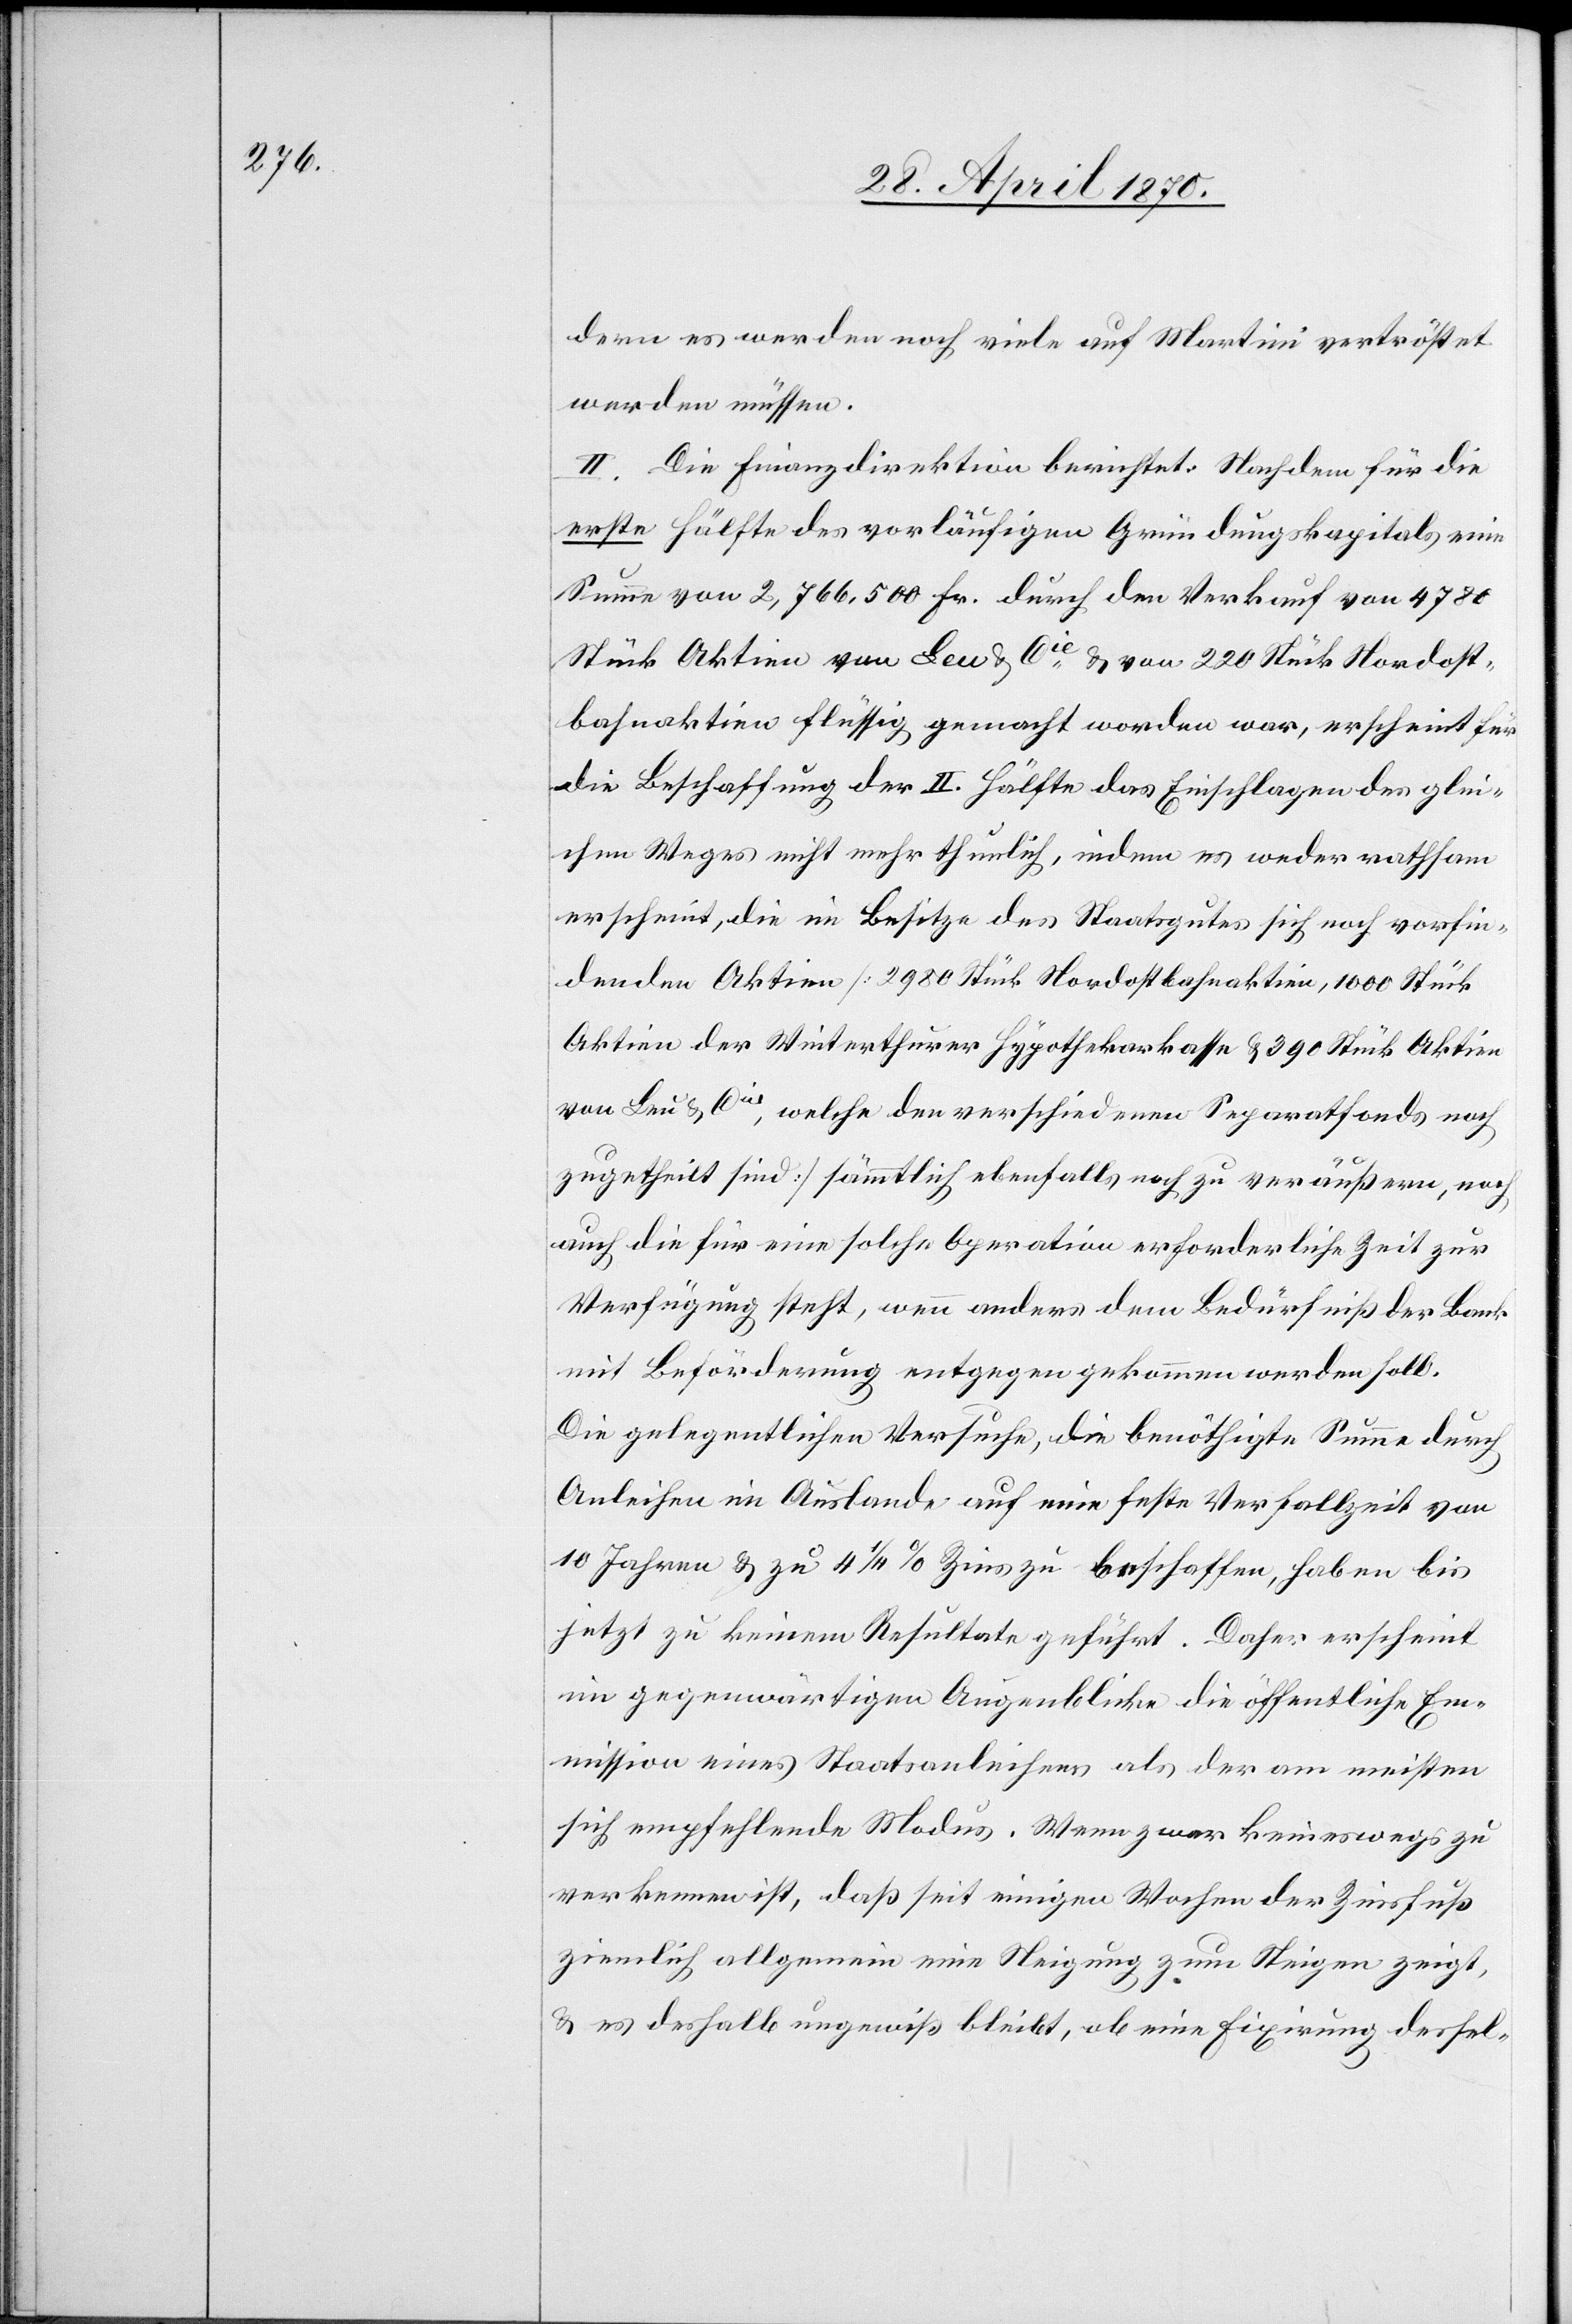
dern es werden noch viele auf Martini vertröstet
werden müssen.
II. Die Finanzdirektion berichtet: Nachdem für die
erste Hälfte des vorläufigen Gründungskapitals eine
Summe von 2,766,500 Fr. durch den Verkauf von 4780
Stück Aktien von Leu & Cie & von 220 Stück Nordost¬
bahnaktien flüssig gemacht worden war, erscheint für
die Beschaffung der II. Hälfte das Einschlagen des glei¬
chen Weges nicht mehr thunlich, indem es weder rathsam
erscheint, die im Besitze des Staatsgutes sich noch vorfin¬
denden Aktien [2980 Stück Nordostbahnaktien, 1000 Stück
Aktien der Winterthurer Hypothekarkasse & 390 Stück Aktien
von Leu & Cie, welche den verschiedenen Separatfonds noch
zugetheilt sind] sämmtlich ebenfalls noch zu veräußern, noch
auch die für eine solche Operation erforderliche Zeit zur
Verfügung steht, wenn anders dem Bedürfniß der Bank
mit Beförderung entgegengekommen werden soll.
Die gelegentlichen Versuche, die benöthigte Summe durch
Anleihen im Auslande auf eine feste Verfallzeit von
10 Jahren & zu 4 1/4% Zins zu beschaffen, haben bis
jetzt zu keinem Resultate geführt. Daher erscheint
im gegenwärtigen Augenblicke die öffentliche E¬
mmission eines Staatsanleihens als der am meisten
sich empfehlende Modus. Wenn zwar keineswegs zu
verkennen ist, daß seit einigen Wochen der Zinsfuß
ziemlich allgemein eine Neigung zum Steigen zeigt,
& es deshalb ungewiß bleibt, ob eine Fixirung dessel-